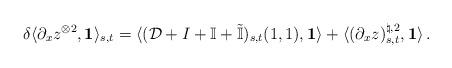
LaTeX: \begin{align*} \delta \langle \partial_x z^{\otimes 2},\mathbf{1}\rangle _{s,t}=\langle (\mathcal D +I+\mathbb{I}+\tilde{\mathbb{I}})_{s,t}(1,1),\mathbf{1}\rangle +\langle (\partial_x z)_{s,t}^{\natural,2},\mathbf{1}\rangle\, . \end{align*}